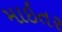
માઇતર